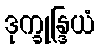
ဒုက္ခုန္ဒြယံ